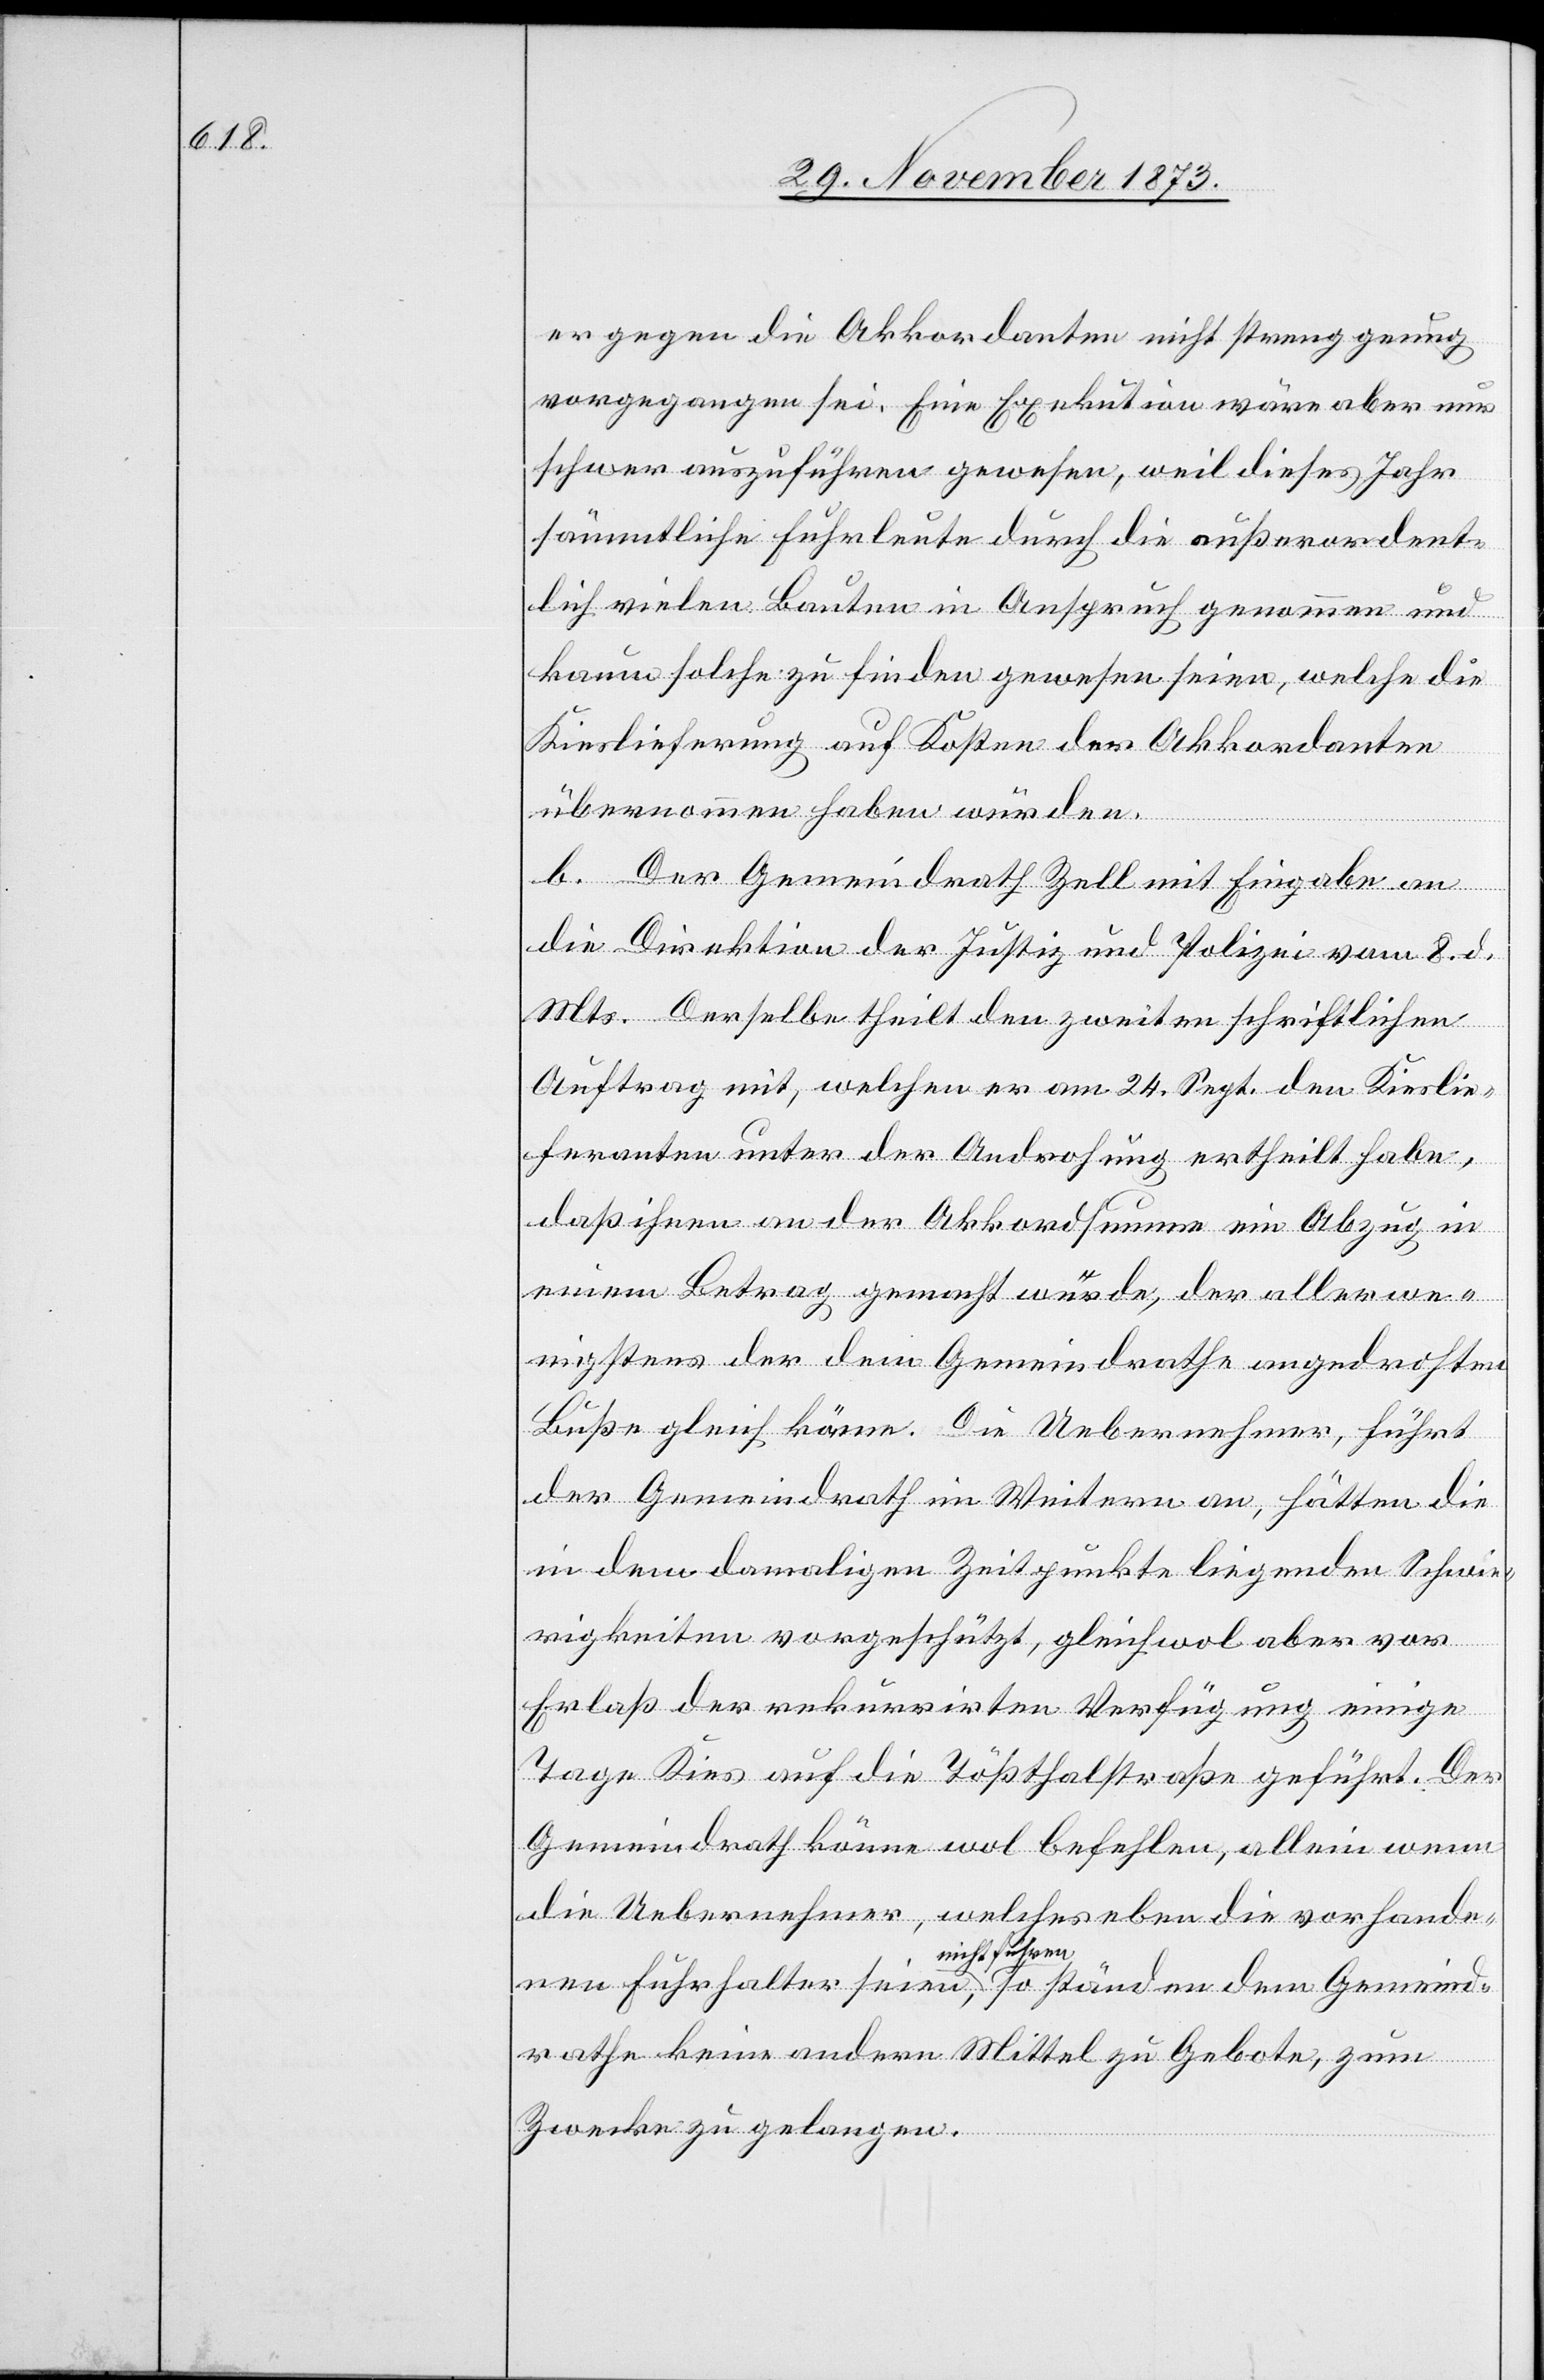
er gegen die Akkordanten nicht streng genug
vorgegangen sei. Eine Exekution wäre aber nur
schwer auszuführen gewesen, weil dieses Jahr
sämmtliche Fuhrleute durch die außerordent¬
lich vielen Bauten in Anspruch genommen und
kaum solche zu finden gewesen seien, welche die
Kieslieferung auf Kosten der Akkordanten
übernommen haben würden.
b. Der Gemeindrath Zell mit Eingabe an
die Direktion der Justiz und Polizei vom 8. d.
Mts. Derselbe theilt den zweiten schriftlichen
Auftrag mit, welchen er am 24. Sept. den Kieslie¬
feranten unter der Androhung ertheilt habe,
daß ihnen an der Akkordsumme ein Abzug in
einem Betrag gemacht würde, der allerwe¬
nigstens der dem Gemeindrathe angedrohten
Buße gleich käme. Die Uebernehmer, führt
der Gemeindrath im Weitern an, hätten die
in dem damaligen Zeitpunkte liegenden Schwie¬
rigkeiten vorgeschützt, gleichwol aber vor
Erlaß der rekurrirten Verfügung einige
Tage Kies auf die Tößthalstraße geführt. Der
Gemeindrath könne wol befehlen, allein wenn
die Uebernehmer, welches eben die vorhandenen
nicht führen[,]
rathe keine andern Mittel zu Gebote, zum
Zwecke zu gelangen.
eind¬